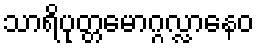
သာရိပုတ္တမောဂ္ဂလ္လာနေဝ